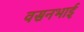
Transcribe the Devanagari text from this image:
वसनभाई